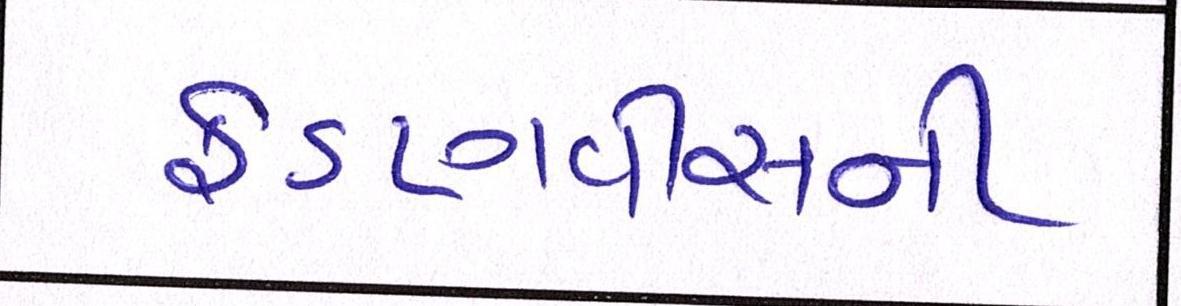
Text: ફડણવીસની